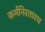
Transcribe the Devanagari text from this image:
कर्मनिरताश्च